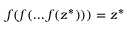
f ( f ( \dots f ( z ^ { * } ) ) ) = z ^ { * }